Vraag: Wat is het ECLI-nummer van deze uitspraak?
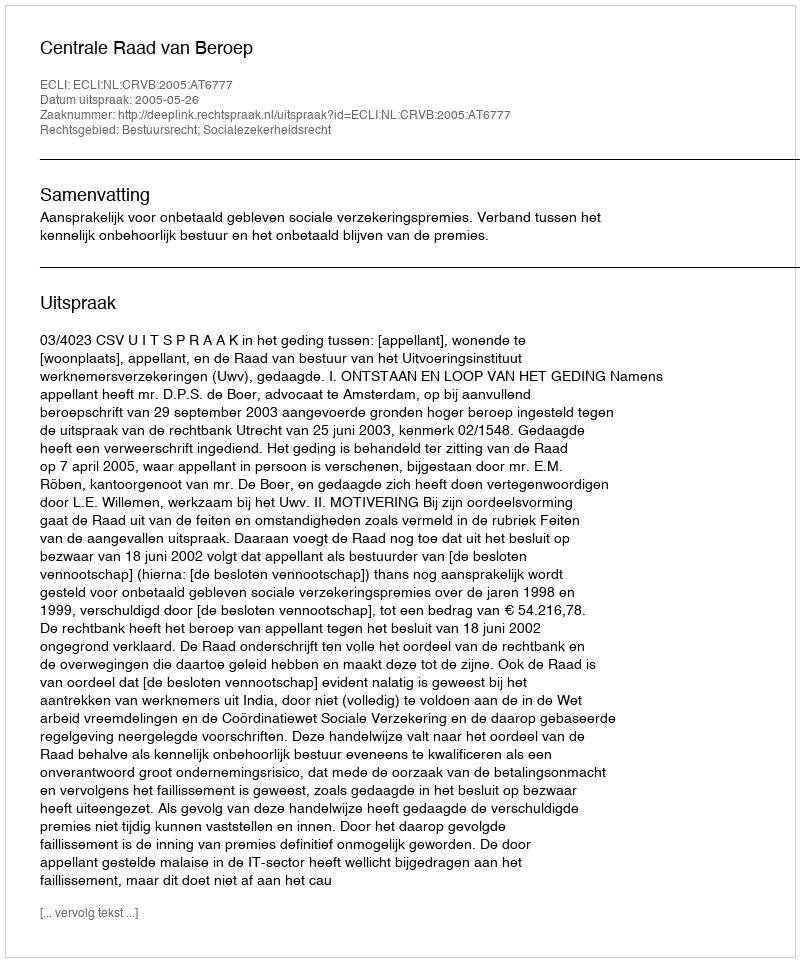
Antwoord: ECLI:NL:CRVB:2005:AT6777